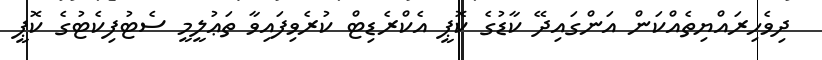
ދިވެހިރައްޔިތެއްކަން އަންގައިދޭ ކާޑުގެ ކޮޕީ އެކްރެޑިޓް ކުރެވިފައިވާ ތަޢުލީމީ ސެޓުފިކެޓުގެ ކޮޕީ